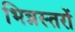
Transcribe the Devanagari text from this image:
भिन्नस्तरों